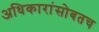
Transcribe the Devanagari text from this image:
अधिकारांसोबतच